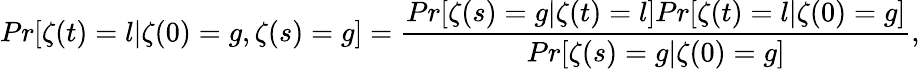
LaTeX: Pr[\zeta(t)=l|\zeta(0)=g,\zeta(s)=g]=\frac{Pr[\zeta(s)=g|\zeta(t)=l]Pr[\zeta(t)=l|\zeta(0)=g]}{Pr[\zeta(s)=g|\zeta(0)=g]},